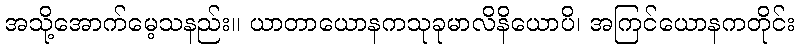
အသို့အောက်မေ့သနည်း။ ယာတာယောနကသုခုမာလိနိယောပိ၊ အကြင်ယောနကတိုင်း